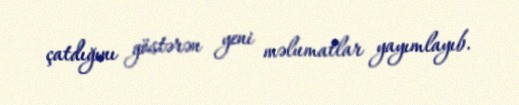
çatdığını göstərən yeni məlumatlar yayımlayıb.